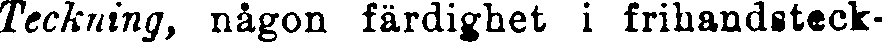
Teckning, någon färdighet i frihanditeck-